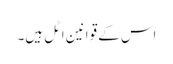
اس کے قوانین اٹل ہیں۔